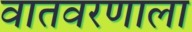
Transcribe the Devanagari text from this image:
वातवरणाला